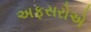
અફસરોએ